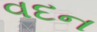
વદન